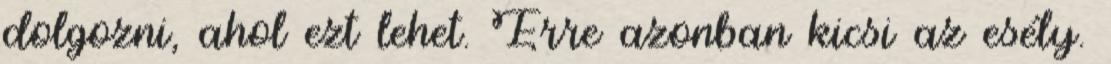
dolgozni, ahol ezt lehet. Erre azonban kicsi az esély.